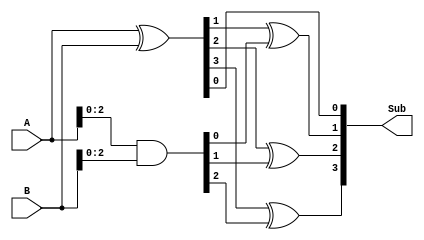
module Carry_lookahead_Subtractor(
    input wire [3:0] A, // 4-bit input A
    input wire [3:0] B, // 4-bit input B
    output wire [3:0] Sub // 4-bit output Sub
);

wire [3:0] G, P;

// Carry-lookahead logic
assign G = A & B;
assign P = A ^ B;

// Subtraction operation with XOR gates
assign Sub[0] = P[0];
assign Sub[1] = P[1] ^ G[0];
assign Sub[2] = P[2] ^ G[1];
assign Sub[3] = P[3] ^ G[2];

endmodule